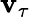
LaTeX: \mathbf{v}_{\tau}